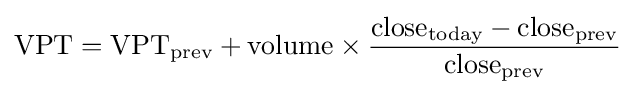
{\text{VPT}}={\text{VPT}}_{\text{prev}}+{\text{volume}}\times {{\text{close}}_{\text{today}}-{\text{close}}_{\text{prev}} \over {\text{close}}_{\text{prev}}}